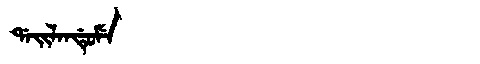
Manchu: ᡩᠠᡳᠯᠠᠨᡩᡠᠮᡝ
Romanization: DAILANDUME